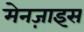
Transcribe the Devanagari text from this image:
मेनज़ाइस